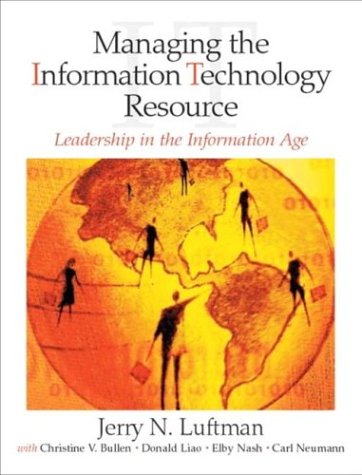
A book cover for Managing the Information Technology Resource: Leadership in the Information Age; Jerry N. Luftman; Business & Money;